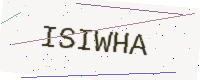
Text: ISIWHA